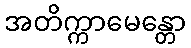
အတိက္ကာမေန္တော